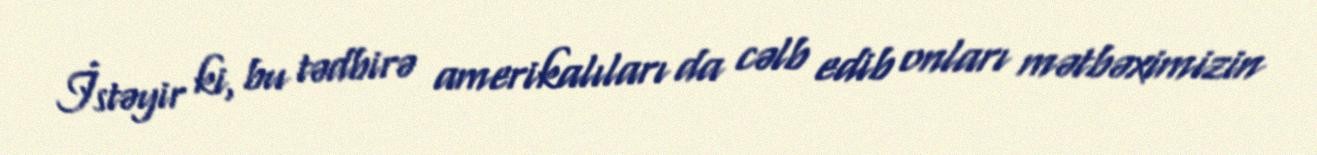
İstəyir ki, bu tədbirə amerikalıları da cəlb edib onları mətbəximizin